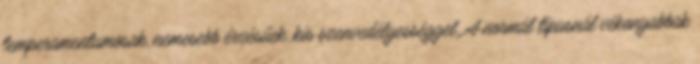
temperamentumosak, nemesebb érzésűek, kis szenvedélyességgel. A normál típusnál vékonyabbak